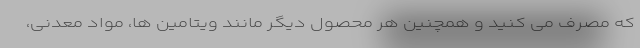
که مصرف می کنید و همچنین هر محصول دیگر مانند ویتامین ها، مواد معدنی،